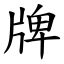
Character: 牌